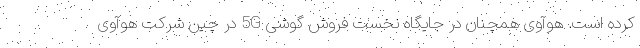
کرده است. هوآوی همچنان در جایگاه نخست فروش گوشی 5G در چین شرکت هوآوی